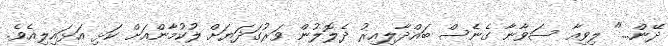
ދޭން..." ލިވިއާ ސަވާނާ ގެނެސް ބައްދާލިއިރު ދެލޮލުން ވަރުގަދަޔަށް ލުކުމާންއަށް ކަޅި އަޅައިލިއެވެ.